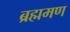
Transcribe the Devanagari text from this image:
ब्रह्ममण